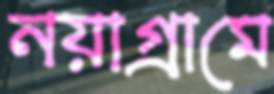
নয়াগ্রামে